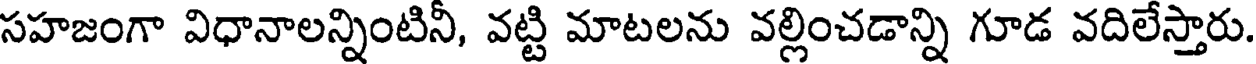
సహజంగా విధానాలన్నింటినీ, వట్టి మాటలను వల్లించడాన్ని గూడ వదిలేస్తారు